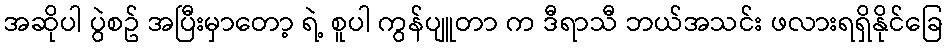
အဆိုပါ ပွဲစဥ် အပြီးမှာတော့ ရဲ့ စူပါ ကွန်ပျူတာ က ဒီရာသီ ဘယ်အသင်း ဖလားရရှိနိုင်ခြေ